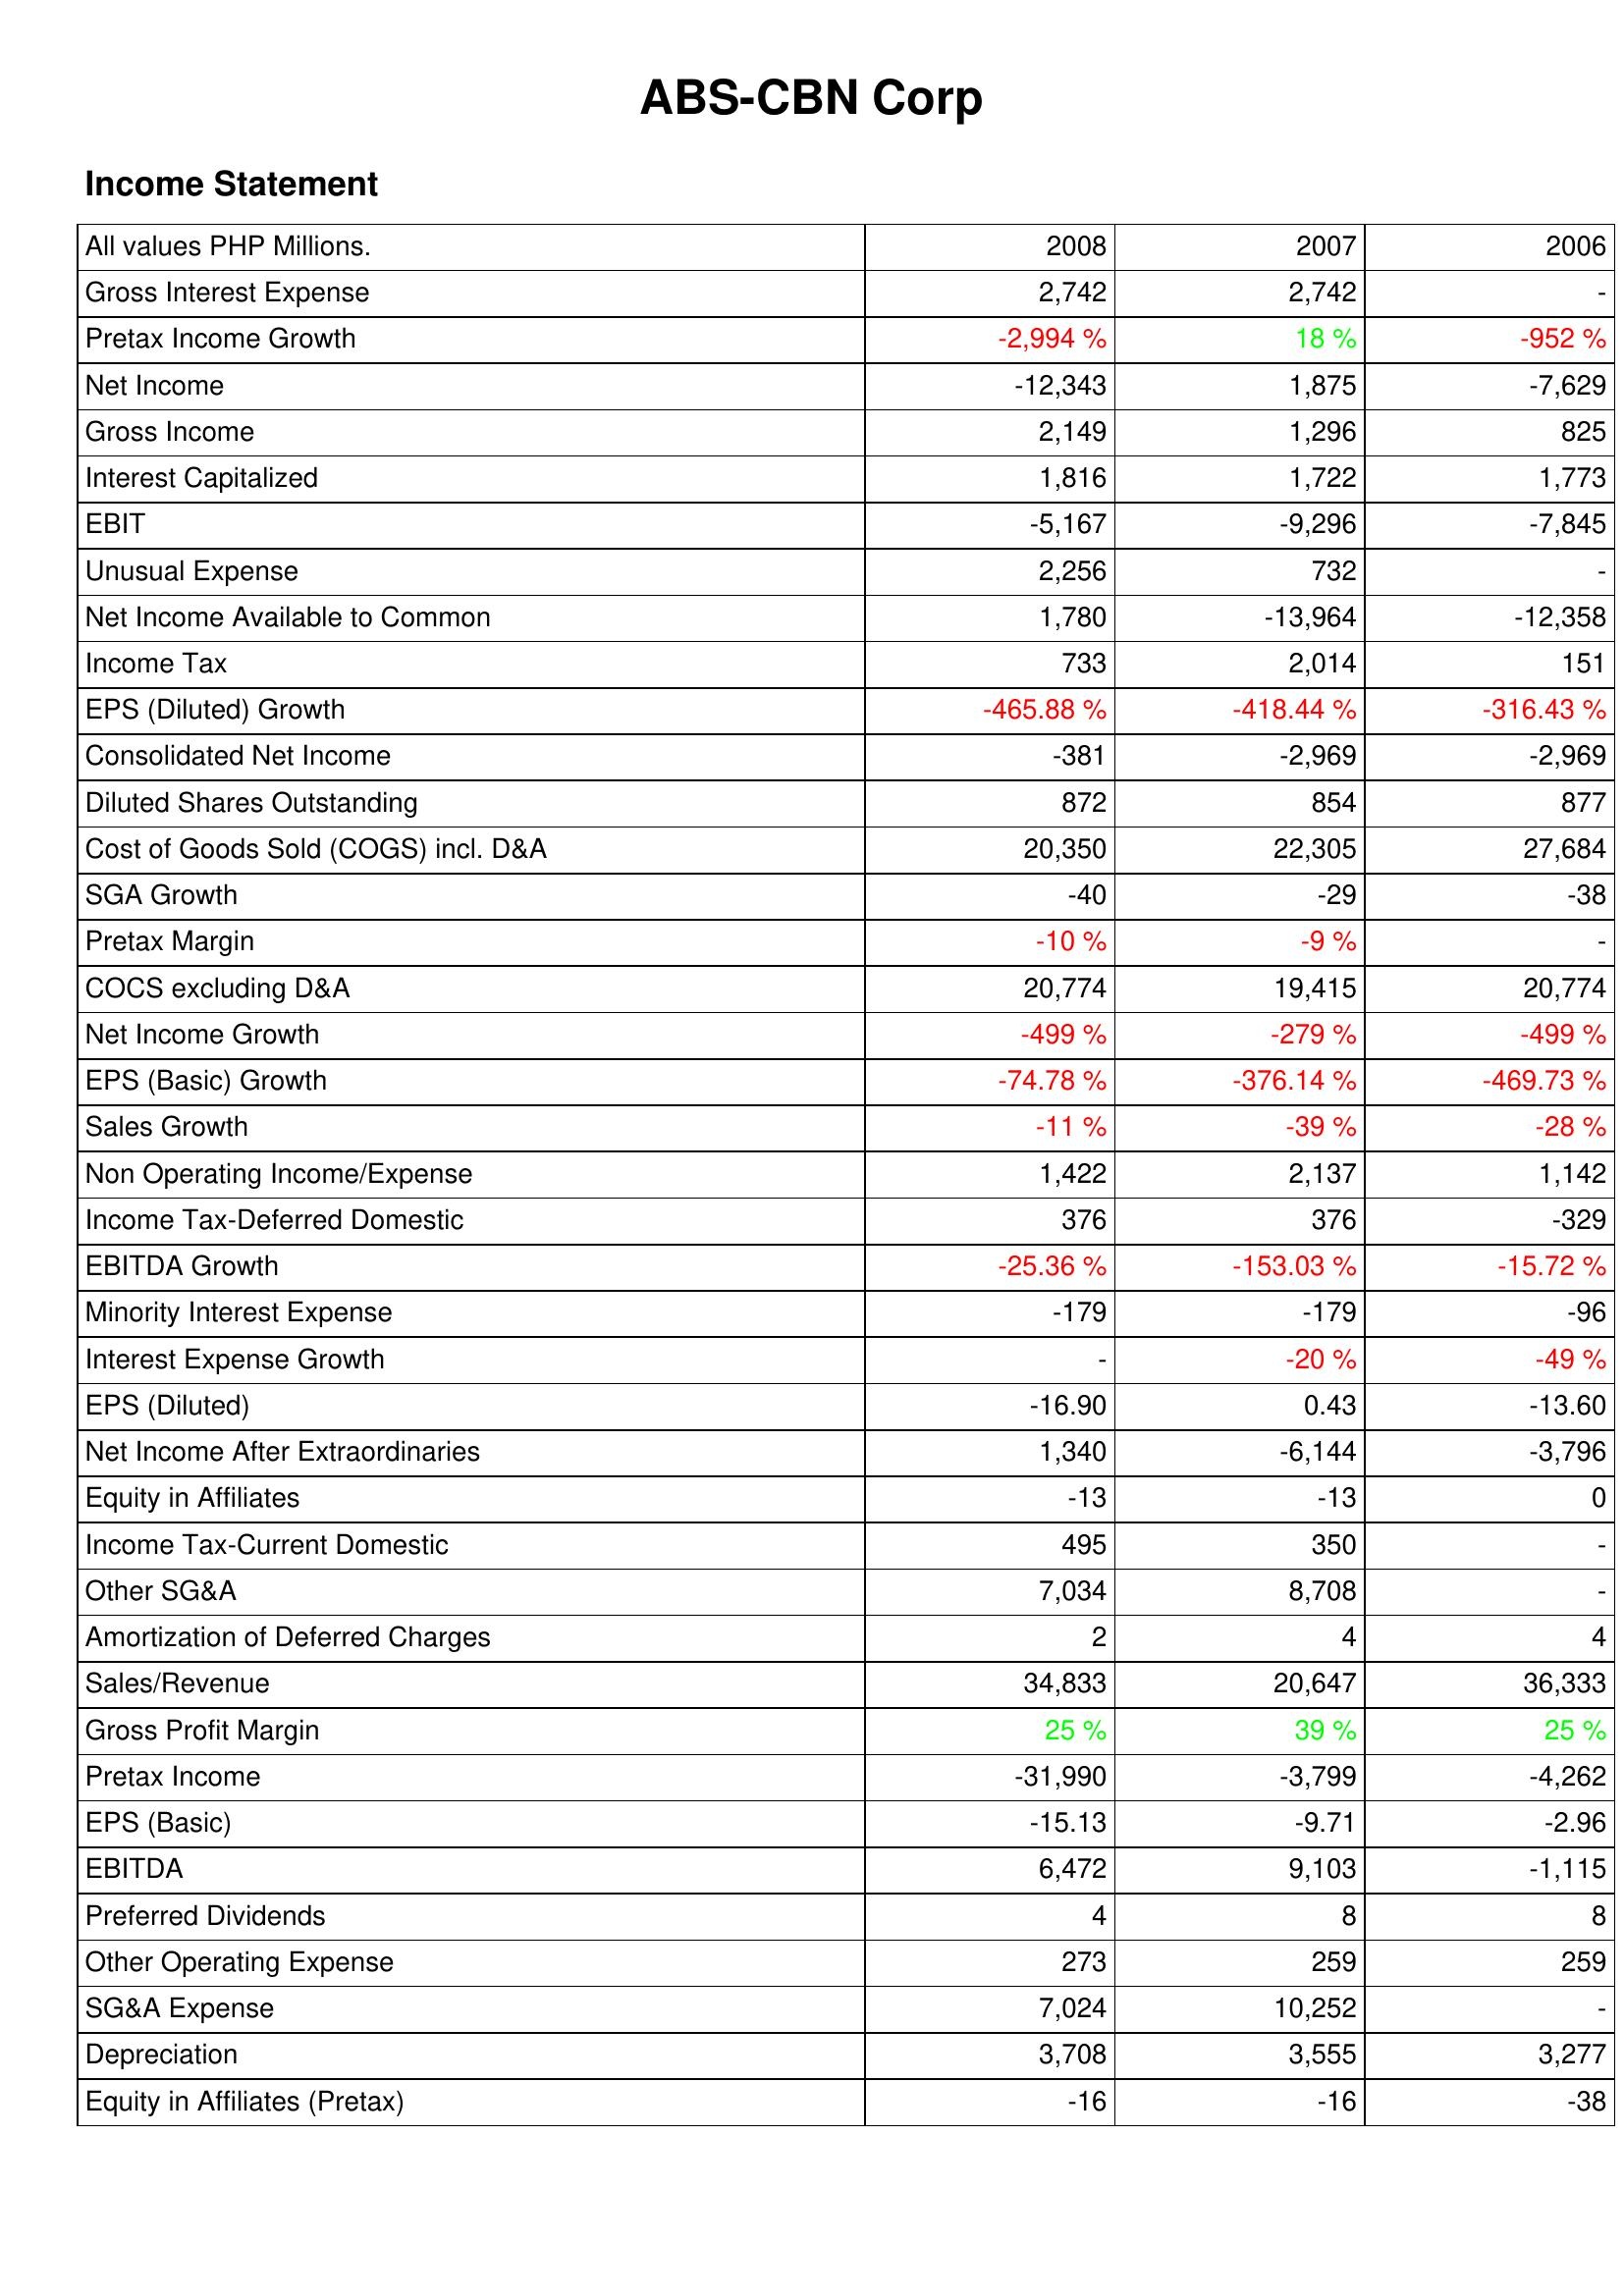
2008: Income Statement: Gross Interest Expense: 2,742
Pretax Income Growth: -2,994 %
Net Income: -12,343
Gross Income: 2,149
Interest Capitalized: 1,816
EBIT: -5,167
Unusual Expense: 2,256
Net Income Available to Common: 1,780
Income Tax: 733
EPS (Diluted) Growth: -465.88 %
Consolidated Net Income: -381
Diluted Shares Outstanding: 872
Cost of Goods Sold (COGS) incl. D&A: 20,350
SGA Growth: -40
Pretax Margin: -10 %
COCS excluding D&A: 20,774
Net Income Growth: -499 %
EPS (Basic) Growth: -74.78 %
Sales Growth: -11 %
Non Operating Income/Expense: 1,422
Income Tax-Deferred Domestic: 376
EBITDA Growth: -25.36 %
Minority Interest Expense: -179
Interest Expense Growth: -
EPS (Diluted): -16.90
Net Income After Extraordinaries: 1,340
Equity in Affiliates: -13
Income Tax-Current Domestic: 495
Other SG&A: 7,034
Amortization of Deferred Charges: 2
Sales/Revenue: 34,833
Gross Profit Margin: 25 %
Pretax Income: -31,990
EPS (Basic): -15.13
EBITDA: 6,472
Preferred Dividends: 4
Other Operating Expense: 273
SG&A Expense: 7,024
Depreciation: 3,708
Equity in Affiliates (Pretax): -16
2007: Income Statement: Gross Interest Expense: 2,742
Pretax Income Growth: 18 %
Net Income: 1,875
Gross Income: 1,296
Interest Capitalized: 1,722
EBIT: -9,296
Unusual Expense: 732
Net Income Available to Common: -13,964
Income Tax: 2,014
EPS (Diluted) Growth: -418.44 %
Consolidated Net Income: -2,969
Diluted Shares Outstanding: 854
Cost of Goods Sold (COGS) incl. D&A: 22,305
SGA Growth: -29
Pretax Margin: -9 %
COCS excluding D&A: 19,415
Net Income Growth: -279 %
EPS (Basic) Growth: -376.14 %
Sales Growth: -39 %
Non Operating Income/Expense: 2,137
Income Tax-Deferred Domestic: 376
EBITDA Growth: -153.03 %
Minority Interest Expense: -179
Interest Expense Growth: -20 %
EPS (Diluted): 0.43
Net Income After Extraordinaries: -6,144
Equity in Affiliates: -13
Income Tax-Current Domestic: 350
Other SG&A: 8,708
Amortization of Deferred Charges: 4
Sales/Revenue: 20,647
Gross Profit Margin: 39 %
Pretax Income: -3,799
EPS (Basic): -9.71
EBITDA: 9,103
Preferred Dividends: 8
Other Operating Expense: 259
SG&A Expense: 10,252
Depreciation: 3,555
Equity in Affiliates (Pretax): -16
2006: Income Statement: Gross Interest Expense: -
Pretax Income Growth: -952 %
Net Income: -7,629
Gross Income: 825
Interest Capitalized: 1,773
EBIT: -7,845
Unusual Expense: -
Net Income Available to Common: -12,358
Income Tax: 151
EPS (Diluted) Growth: -316.43 %
Consolidated Net Income: -2,969
Diluted Shares Outstanding: 877
Cost of Goods Sold (COGS) incl. D&A: 27,684
SGA Growth: -38
Pretax Margin: -
COCS excluding D&A: 20,774
Net Income Growth: -499 %
EPS (Basic) Growth: -469.73 %
Sales Growth: -28 %
Non Operating Income/Expense: 1,142
Income Tax-Deferred Domestic: -329
EBITDA Growth: -15.72 %
Minority Interest Expense: -96
Interest Expense Growth: -49 %
EPS (Diluted): -13.60
Net Income After Extraordinaries: -3,796
Equity in Affiliates: 0
Income Tax-Current Domestic: -
Other SG&A: -
Amortization of Deferred Charges: 4
Sales/Revenue: 36,333
Gross Profit Margin: 25 %
Pretax Income: -4,262
EPS (Basic): -2.96
EBITDA: -1,115
Preferred Dividends: 8
Other Operating Expense: 259
SG&A Expense: -
Depreciation: 3,277
Equity in Affiliates (Pretax): -38